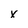
Character: x